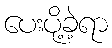
ပေးပို့ခဲ့ရာ